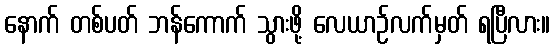
နောက် တစ်ပတ် ဘန်ကောက် သွားဖို့ လေယာဉ်လက်မှတ် ရပြီလား။